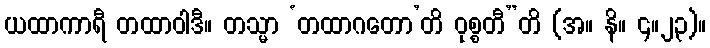
ယထာကာရီ တထာဝါဒီ။ တသ္မာ ‘တထာဂတော’တိ ဝုစ္စတီ”တိ (အ။ နိ။ ၄။၂၃)။